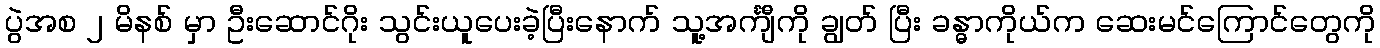
ပွဲအစ ၂ မိနစ် မှာ ဦးဆောင်ဂိုး သွင်းယူပေးခဲ့ပြီးနောက် သူ့အင်္ကျီကို ချွတ် ပြီး ခန္ဓာကိုယ်က ဆေးမင်ကြောင်တွေကို